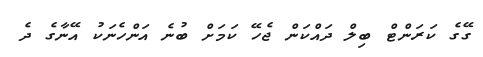
ގޭގެ ކަރަންޓް ބިލް ދައްކަން ޖެހޭ ކަމަށް ބުނެ އަންހެނަކު އޭނާގެ ދެ